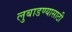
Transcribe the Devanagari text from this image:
लुबाडण्यासाठी